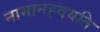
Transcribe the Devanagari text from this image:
नामानह्वयति